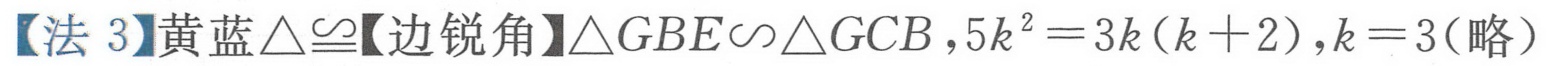
【法 3】黄蓝\(\triangle\cong\)【边锐角】\(\triangle GBE\backsim\triangle GCB\)，\(5k^{2}=3k(k + 2)\)，\(k = 3\)(略）